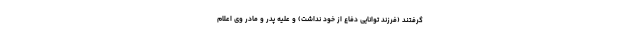
گرفتند (فرزند توانایی دفاع از خود نداشت) و علیه پدر و مادر وی اعلام